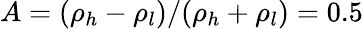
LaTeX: A=(\rho_{h}-\rho_{l})/(\rho_{h}+\rho_{l})=0.5